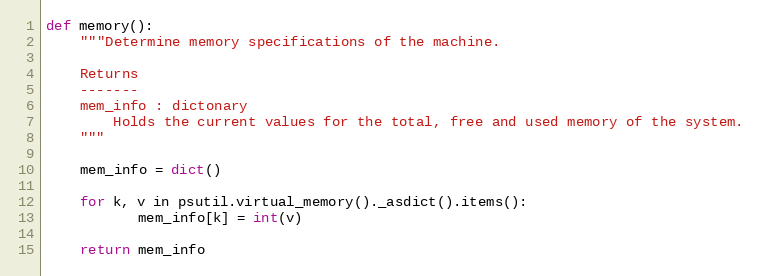
Language: Python
def memory():
    """Determine memory specifications of the machine.

    Returns
    -------
    mem_info : dictonary
        Holds the current values for the total, free and used memory of the system.
    """

    mem_info = dict()

    for k, v in psutil.virtual_memory()._asdict().items():
           mem_info[k] = int(v)

    return mem_info